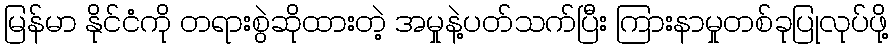
မြန်မာ နိုင်ငံကို တရားစွဲဆိုထားတဲ့ အမှုနဲ့ပတ်သက်ပြီး ကြားနာမှုတစ်ခုပြုလုပ်ဖို့